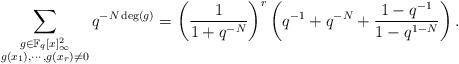
LaTeX: \begin{align*}\displaystyle\sum_{\substack{g \in \mathbb{F}_{q}[x]_{\infty}^{2} \\ g(x_{1}), \cdots, g(x_{r}) \neq 0}}q^{-N\deg(g)} & = \left(\dfrac{1}{1 + q^{-N}}\right)^{r}\left(q^{-1} + q^{-N} + \dfrac{1-q^{-1}}{1 - q^{1-N}}\right).\end{align*}